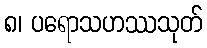
၈၊ ပရောသဟဿသုတ်